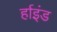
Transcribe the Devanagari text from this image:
र्हाइंड